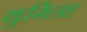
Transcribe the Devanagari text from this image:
थुमित्रा